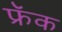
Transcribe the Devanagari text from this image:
फ्रॅक